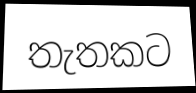
තැතකට